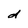
Character: d